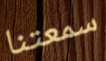
سمعتنا